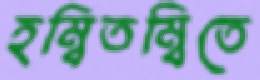
হম্বিতম্বিতে